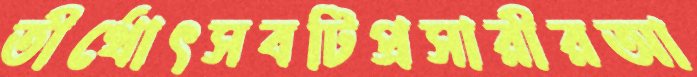
তীর্থোৎসবটিপ্রসারীরআ